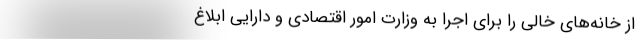
از خانه‌های خالی را برای اجرا به وزارت امور اقتصادی و دارایی ابلاغ